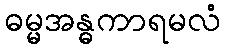
ဓမ္မအန္ဓကာရမလံ